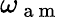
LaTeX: \omega_{\mathrm{~a~m~}}